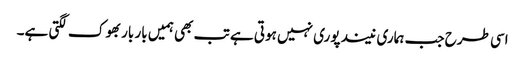
اسی طرح جب ہماری نیند پوری نہیں ہوتی ہے تب بھی ہمیں بار بار بھوک لگتی ہے۔